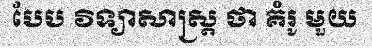
បែប វិទ្យាសាស្ត្រ ថា គំរូ មួយ